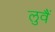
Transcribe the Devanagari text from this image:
लुवैं